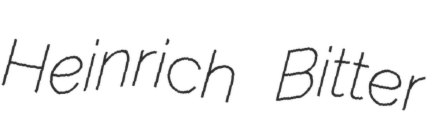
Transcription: Heinrich Bitter